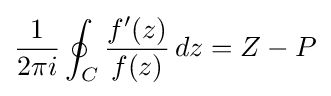
{\frac {1}{2\pi i}}\oint _{C}{f'(z) \over f(z)}\,dz=Z-P